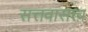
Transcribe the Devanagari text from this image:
सत्तवासत्त्व